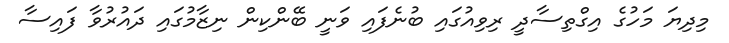
މިދިޔަ މަހުގެ އިގްތިސާދީ ރިވިއުގައި ބުނެފައި ވަނީ ބޭންކިން ނިޒާމުގައި ދައުރުވާ ފައިސާ